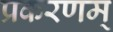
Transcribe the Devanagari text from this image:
प्रकरणम्‌